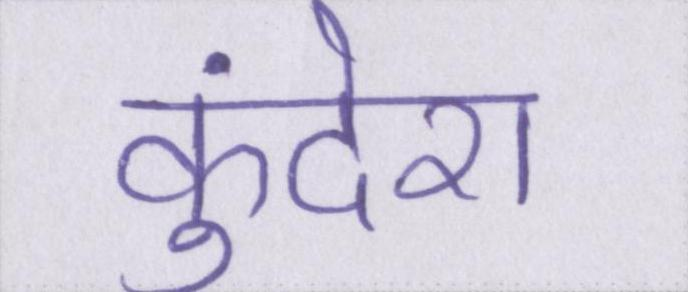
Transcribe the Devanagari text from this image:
कुंदेरा